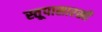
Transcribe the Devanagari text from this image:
स्तूपासारखी